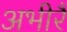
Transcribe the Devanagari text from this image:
अभीरैं